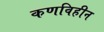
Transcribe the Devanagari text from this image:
कणविहीन